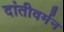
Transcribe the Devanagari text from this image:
दांतीवर्मन